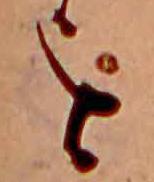
を